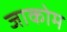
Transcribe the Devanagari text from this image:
जाकोम